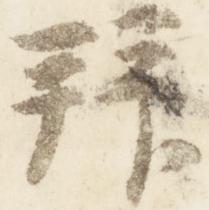
拝